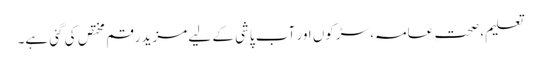
تعلیم، صحتِ عامہ، سڑکوں اور آب پاشی کے لیے مزید رقم مختص کی گئی ہے۔